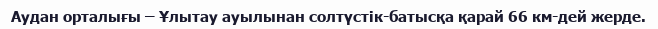
Аудан орталығы – Ұлытау ауылынан солтүстік-батысқа қарай 66 км-дей жерде.